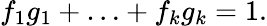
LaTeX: f_{1}g_{1}+\ldots+f_{k}g_{k}=1.